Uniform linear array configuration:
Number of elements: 32
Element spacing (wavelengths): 0.75
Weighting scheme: binomial
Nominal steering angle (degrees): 0
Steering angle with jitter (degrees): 0.8987
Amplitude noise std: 0.05
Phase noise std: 0.05

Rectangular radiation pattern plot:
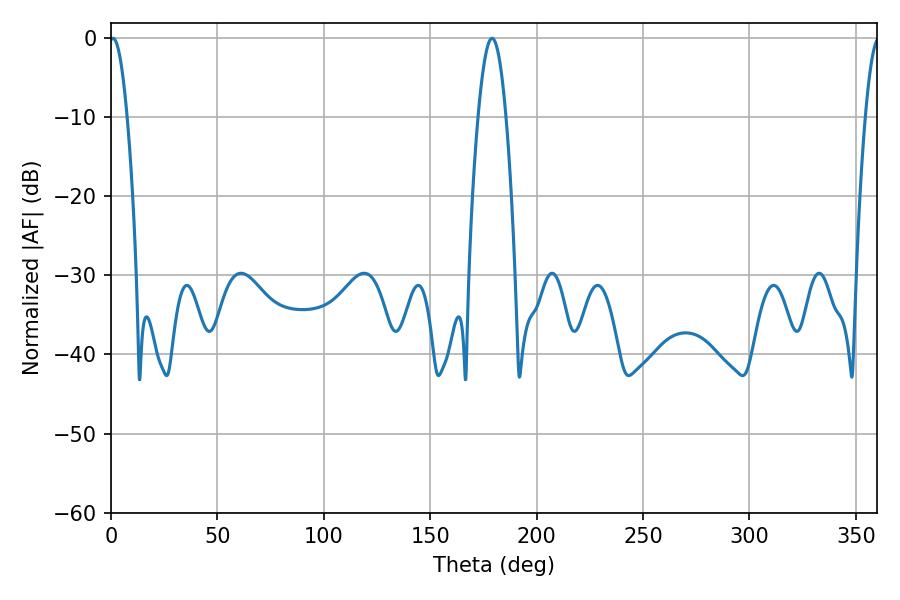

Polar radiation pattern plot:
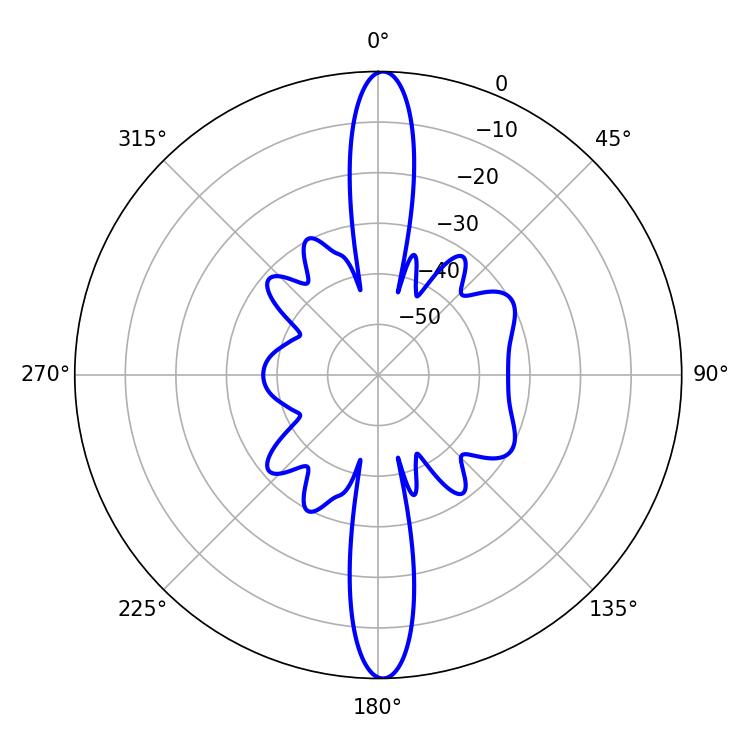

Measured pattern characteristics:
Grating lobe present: TRUE
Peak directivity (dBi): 26.015
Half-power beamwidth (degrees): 4.5
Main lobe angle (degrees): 0.9